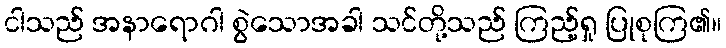
ငါသည် အနာရောဂါ စွဲသောအခါ သင်တို့သည် ကြည့်ရှု ပြုစုကြ၏။